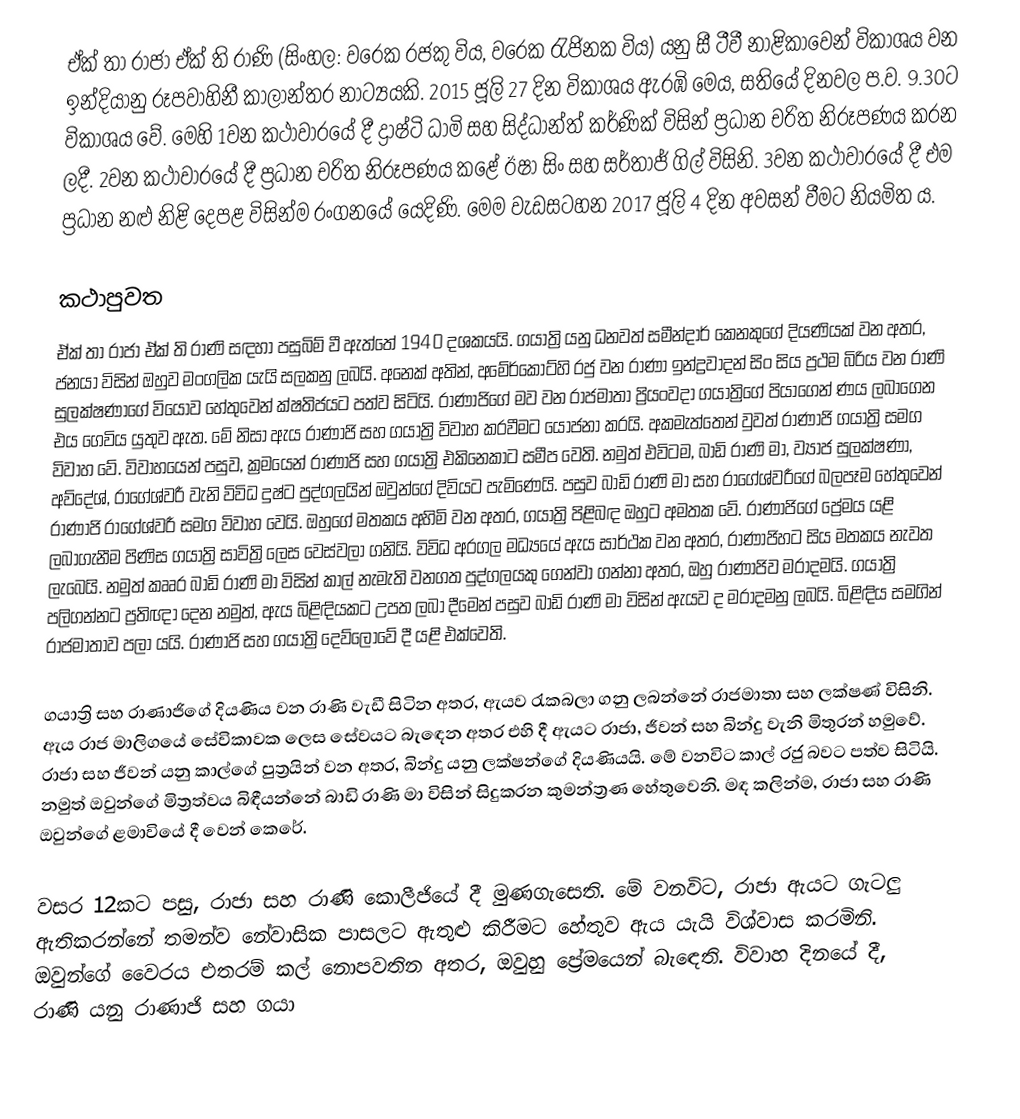
ඒක් තා රාජා ඒක් ති රාණි (සිංහල: වරෙක රජකු විය, වරෙක රැජිනක විය) යනු සී ටීවී නාළිකාවෙන් විකාශය වන ඉන්දියානු රූපවාහිනී කාලාන්තර නාට්‍යයකි. 2015 ජූලි 27 දින විකාශය ඇරඹි මෙය, සතියේ දිනවල ප.ව. 9.30ට විකාශය වේ. මෙහි 1වන කථාවාරයේ දී ද්‍රාෂ්ටි ධාමි සහ සිද්ධාන්ත් කර්ණික් විසින් ප්‍රධාන චරිත නිරූපණය කරන ලදී. 2වන කථාවාරයේ දී ප්‍රධාන චරිත නිරූපණය කළේ ඊෂා සිං සහ සර්තාජ් ගිල් විසිනි. 3වන කථාවාරයේ දී එම ප්‍රධාන නළු නිළි දෙපළ විසින්ම රංග‍නයේ යෙදිණි. මෙම වැඩසටහන 2017 ජූලි 4 දින අවසන් වීමට නියමිත ය.

කථාපුවත
ඒක් තා රාජා ඒක් ති රාණි සඳහා පසුබිම් වී ඇත්තේ 1940 දශකයයි. ගයාත්‍රි යනු ධනවත් සමීන්දාර් කෙනකුගේ දියණියක් වන අතර, ජනයා විසින් ඔහුව මංගලික යැයි සලකනු ලබයි. අනෙක් අතින්, අමේර්කොට්හි රජු වන රාණා ඉන්ද්‍රවාදන් සිං සිය ප්‍රථම බිරිය වන රාණි සුලක්ෂණාගේ වියෝව හේතුවෙන් ක්ෂතිජයට පත්ව සිටියි. රාණාජිගේ මව වන රාජමාතා ප්‍රියංවදා ගයාත්‍රිගේ පියාගෙන් ණය ලබාගෙන එය ගෙවිය යුතුව ඇත. මේ නිසා ඇය රාණාජි සහ ගයාත්‍රි විවාහ කරවීමට යෝජනා කරයි. අකමැත්තෙන් වුවත් රාණාජි ගයාත්‍රි සමග විවාහ වේ. විවාහයෙන් පසුව, ක්‍රමයෙන් රාණාජි සහ ගයාත්‍රි එකිනෙකාට සමීප වෙති. නමුත් එවිටම, බාඩි රාණි මා, ව්‍යාජ සුලක්ෂණා, අව්දේශ්, රාගේශ්වරී වැනි විවිධ දුෂ්ට පුද්ගලයින් ඔවුන්ගේ දිවියට පැමිණෙයි. පසුව බාඩි රාණි මා සහ රාගේශ්වරීගේ බලපෑම හේතුවෙන් රාණාජි රාගේශ්වරී සමග විවාහ වෙයි. ඔහුගේ මතකය අහිමි වන අතර, ගයාත්‍රි පිළිබඳ ඔහුට අමතක වේ. රාණාජිගේ ප්‍රේමය යළි ලබාගැනීම පිණිස ගයාත්‍රි සාවිත්‍රි ලෙස වෙස්වලා ගනියි. විවිධ අරගල මධ්‍යයේ ඇය සාර්ථක වන අතර, රාණාජිහට සිය මතකය නැවත ලැබෙයි. නමුත් කෲර බාඩි රාණි මා විසින් කාල් නැමැති වනගත පුද්ගලයකු ගෙන්වා ගන්නා අතර, ඔහු රාණාජිව මරාදමයි. ගයාත්‍රි පලිගන්නට ප්‍රතිඥා දෙන නමුත්, ඇය බිළිඳියකට උපත ලබා දීමෙන් පසුව බාඩි රාණි මා විසින් ඇයව ද මරාදමනු ලබයි. බිළිඳිය සමගින් රාජමාතාව පලා යයි. රාණාජි සහ ගයාත්‍රි දෙව්ලොවේ දී යළි එක්වෙති.

ගයාත්‍රි සහ රාණාජිගේ දියණිය වන රාණි වැඩී සිටින අතර, ඇයව රැකබලා ගනු ලබන්නේ රාජමාතා සහ ලක්ෂණ් විසිනි. ඇය රාජ මාලිගයේ සේවිකාවක ලෙස සේවයට බැ‍ඳෙන අතර එහි දී ඇයට රාජා, ජීවන් සහ බින්දු වැනි මිතුරන් හමුවේ. රාජා සහ ජීවන් යනු කාල්ගේ පුත්‍රයින් වන අතර, බින්දු යනු ලක්ෂන්ගේ දියණියයි. මේ වනවිට කාල් රජු බවට පත්ව සිටියි. නමුත් ඔවුන්ගේ මිත්‍රත්වය බිඳීයන්නේ බාඩි රාණි මා විසින් සිදුකරන කුමන්ත්‍රණ හේතුවෙනි. මඳ කලින්ම, රාජා සහ රාණි ඔවුන්ගේ ළමාවියේ දී වෙන් කෙරේ.

වසර 12කට පසු, රාජා සහ රාණි කොලීජියේ දී මුණගැසෙති. මේ වනවිට, රාජා ඇයට ගැටලු ඇතිකරන්නේ තමන්ව නේවාසික පාසලට ඇතුළු කිරීමට හේතුව ඇය යැයි විශ්වාස කරමිනි. ඔවුන්ගේ වෛරය එතරම් කල් නොපවතින අතර, ඔවුහු ප්‍රේමයෙන් බැ‍ඳෙති. විවාහ දිනයේ දී, රාණි යනු රාණාජි සහ ගයා